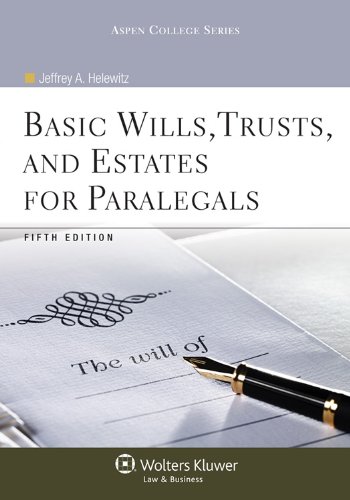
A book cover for Basic Wills Trusts & Estates for Paralegals, 5th Edition (Aspen College); Jeffrey A. Helewitz; Law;